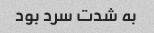
به شدت سرد بود